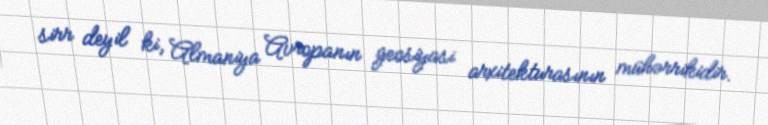
sirr deyil ki, Almaniya Avropanın geosiyasi arxitekturasının mühərrikidir.